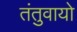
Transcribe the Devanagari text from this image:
तंतुवायो